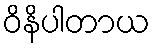
ဝိနိပါတာယ